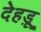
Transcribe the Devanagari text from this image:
देहड़ू